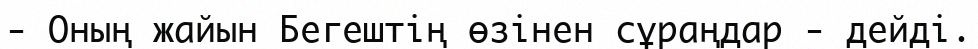
-	Оның жайын Бегештің өзінен сұраңдар - дейді.